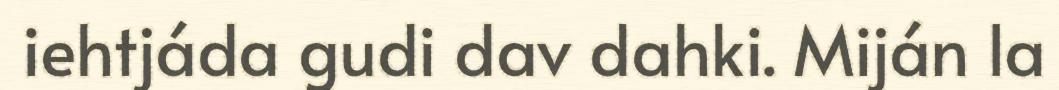
iehtjáda gudi dav dahki. Miján la